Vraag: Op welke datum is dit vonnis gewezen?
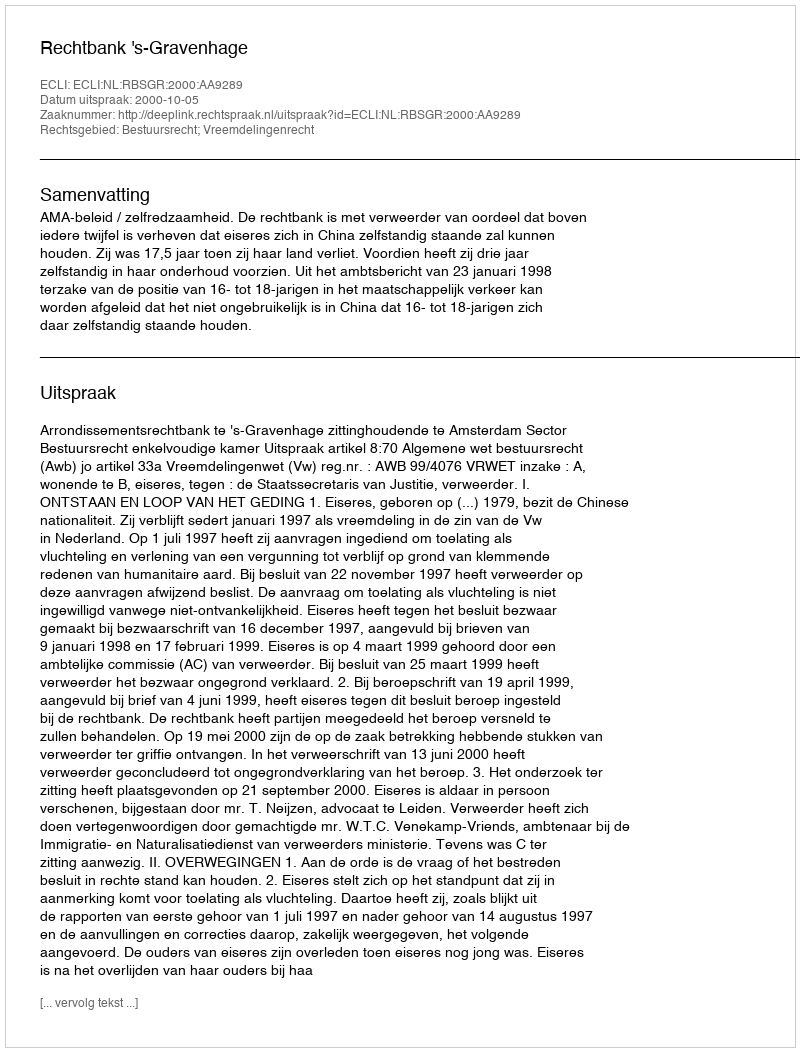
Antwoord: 2000-10-05